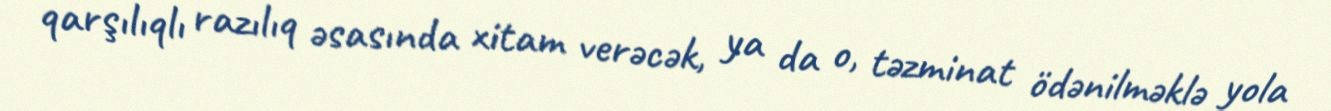
qarşılıqlı razılıq əsasında xitam verəcək, ya da o, təzminat ödənilməklə yola